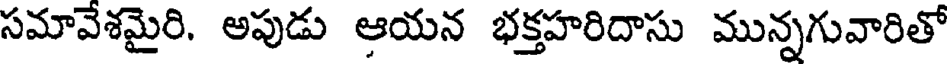
సమావేశమైరి. అపుడు ఆయన భక్తహరిదాసు మున్నగువారితో